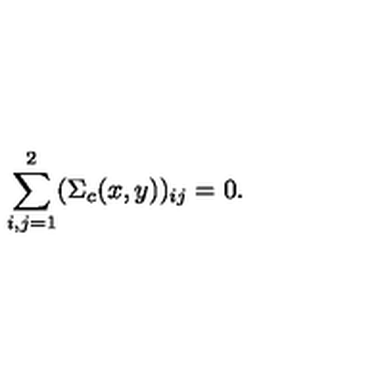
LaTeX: \sum _ { i , j = 1 } ^ { 2 } ( \Sigma _ { c } ( x , y ) ) _ { i j } = 0 .